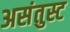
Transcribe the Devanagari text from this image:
असंतुस्ट